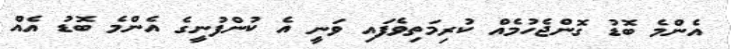
އެންމެ ބޮޑު ގޮންޖެހުމެއް ކުރިމަތިވެފައި ވަނީ އެ ކުންފުނީގެ އެންމެ ބޮޑު އެއް